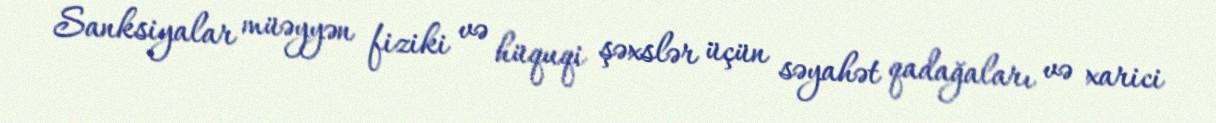
Sanksiyalar müəyyən fiziki və hüquqi şəxslər üçün səyahət qadağaları və xarici